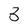
Character: 3